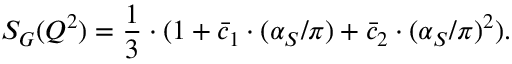
S _ { G } ( Q ^ { 2 } ) = \frac { 1 } { 3 } \cdot ( 1 + \bar { c } _ { 1 } \cdot ( \alpha _ { S } / \pi ) + \bar { c } _ { 2 } \cdot ( \alpha _ { S } / \pi ) ^ { 2 } ) .